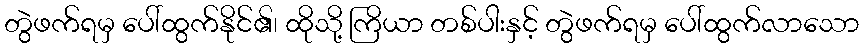
တွဲဖက်ရမှ ပေါ်ထွက်နိုင်၏၊ ထိုသို့ ကြိယာ တစ်ပါးနှင့် တွဲဖက်ရမှ ပေါ်ထွက်လာသော